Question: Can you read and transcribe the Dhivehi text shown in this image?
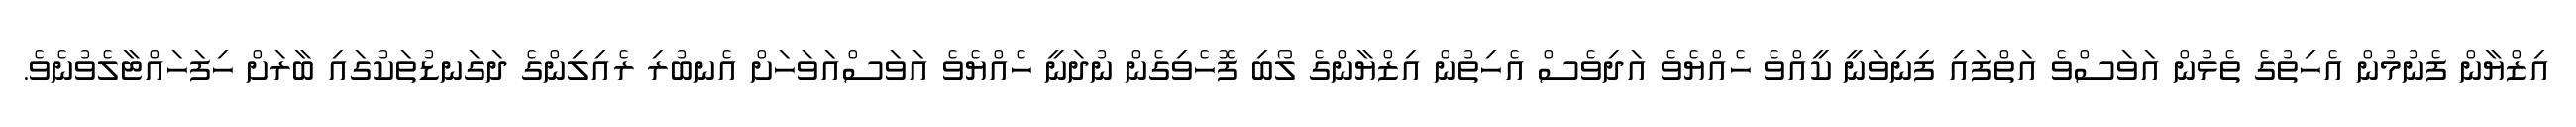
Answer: އިޒްޔާން ފެނުމުން އެހިތުގެ ތެޅުން އަވަސްވެ އަތްފައި ފިނިވަނީ ކީއްވެ ހެއްޔެވެ އަދިވެސް އެހިތުން އިޒްޔާންގެ ލޯބި ފޮހެވިގެން ނުދަނީ ހެއްޔެވެ އަވަސްއަވަހަށް އެނބުރި ރެއިލިންގެ ދަގަނޑުތަކުގައި ބާރަށް ހިފަހައްޓާލެވުނެވެ.